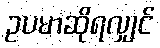
ဥပမာဆိုရလျှင်